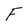
Character: F